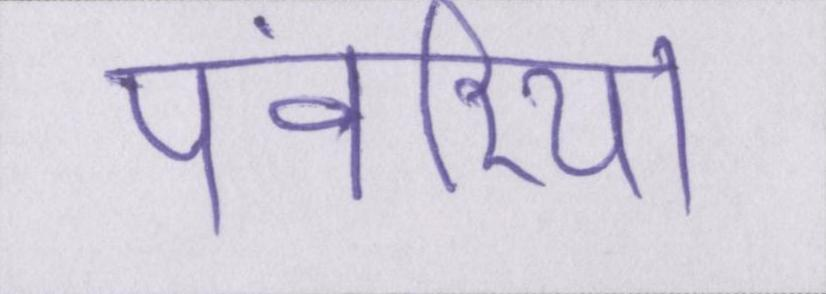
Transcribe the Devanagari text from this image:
पंवरिया